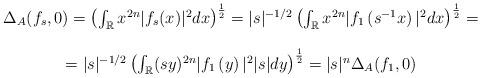
LaTeX: \begin{align*}\begin{array}{c}\Delta_A (f_s,0)= \left(\int_{\mathbb{R}} x^{2n} | f_s (x)|^2 dx\right)^{\frac{1}{2}} = |s|^{-1/2} \left(\int_{\mathbb{R}} x^{2n} | f_1 \left( s^{-1} x\right)|^2 dx \right)^{\frac{1}{2}}=\\\\=|s|^{-1/2} \left(\int_{\mathbb{R}} (sy)^{2n} | f_1 \left(y\right)|^2 |s|dy \right)^{\frac{1}{2}}= |s|^n \Delta_A (f_1,0)\end{array}\end{align*}